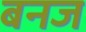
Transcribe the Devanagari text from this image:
बनज